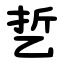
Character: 乴